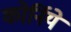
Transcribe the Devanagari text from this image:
कोर्निये